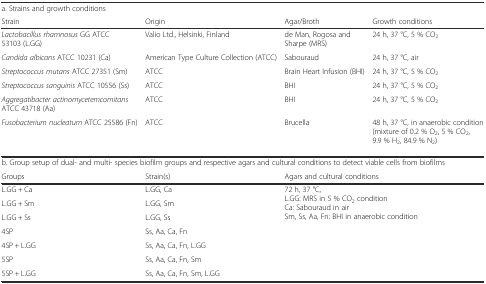
<table><thead><tr><td><b>a. Strains and growth conditions</b></td><td></td><td></td><td></td></tr><tr><td><b>Strain</b></td><td><b>Origin</b></td><td><b>Agar/Broth</b></td><td><b>Growth conditions</b></td></tr></thead><tbody><tr><td><i>Lactobacillus rhamnosus</i> GG ATCC 53103 (L.GG)</td><td>Valio Ltd., Helsinki, Finland</td><td>de Man, Rogosa and Sharpe (MRS)</td><td>24 h, 37 °C, 5 % CO<sub>2</sub></td></tr><tr><td><i>Candida albicans</i> ATCC 10231 (Ca)</td><td>American Type Culture Collection (ATCC)</td><td>Sabouraud</td><td>24 h, 37 °C, air</td></tr><tr><td><i>Streptococcus mutans</i> ATCC 27351 (Sm)</td><td>ATCC</td><td>Brain Heart Infusion (BHI)</td><td>24 h, 37 °C, 5 % CO<sub>2</sub></td></tr><tr><td><i>Streptococcus sanguinis</i> ATCC 10556 (Ss)</td><td>ATCC</td><td>BHI</td><td>24 h, 37 °C, 5 % CO<sub>2</sub></td></tr><tr><td><i>Aggregatibacter actinomycetemcomitans</i> ATCC 43718 (Aa)</td><td>ATCC</td><td>BHI</td><td>24 h, 37 °C, 5 % CO<sub>2</sub></td></tr><tr><td><i>Fusobacterium nucleatum</i> ATCC 25586 (Fn)</td><td>ATCC</td><td>Brucella</td><td>48 h, 37 °C, in anaerobic condition (mixture of 0.2 % O<sub>2</sub>, 5 % CO<sub>2</sub>, 9.9 % H<sub>2</sub>, 84.9 % N<sub>2</sub>)</td></tr><tr><td colspan="4">b. Group setup of dual- and multi- species biofilm groups and respective agars and cultural conditions to detect viable cells from biofilms</td></tr><tr><td>Groups</td><td>Strain(s)</td><td colspan="2">Agars and cultural conditions</td></tr><tr><td>L.GG + Ca</td><td>L.GG, Ca</td><td rowspan="7" colspan="2">72 h, 37 °C,L.GG: MRS in 5 % CO<sub>2</sub> conditionCa: Sabouraud in airSm, Ss, Aa, Fn: BHI in anaerobic condition</td></tr><tr><td>L.GG + Sm</td><td>L.GG, Sm</td></tr><tr><td>L.GG + Ss</td><td>L.GG, Ss</td></tr><tr><td>4SP</td><td>Ss, Aa, Ca, Fn</td></tr><tr><td>4SP + L.GG</td><td>Ss, Aa, Ca, Fn, L.GG</td></tr><tr><td>5SP</td><td>Ss, Aa, Ca, Fn, Sm</td></tr><tr><td>5SP + L.GG</td><td>Ss, Aa, Ca, Fn, Sm, L.GG</td></tr></tbody></table>